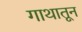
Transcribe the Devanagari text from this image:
गाथातून